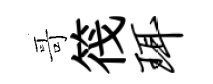
哥筏珥